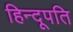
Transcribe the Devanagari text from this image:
हिन्दूपति